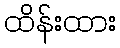
ထိန်းထား